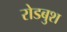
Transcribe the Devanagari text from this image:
रोडबुश